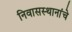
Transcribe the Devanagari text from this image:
निवासस्थानांचे